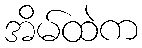
အိမ်ထဲက